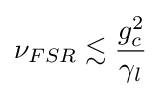
\nu _{FSR}\lesssim {\frac {g_{c}^{2}}{\gamma _{l}}}